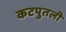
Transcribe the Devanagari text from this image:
कटपुतली